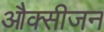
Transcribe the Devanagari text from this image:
औक्सीजन